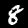
Label: 8